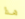
هذا